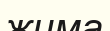
жима